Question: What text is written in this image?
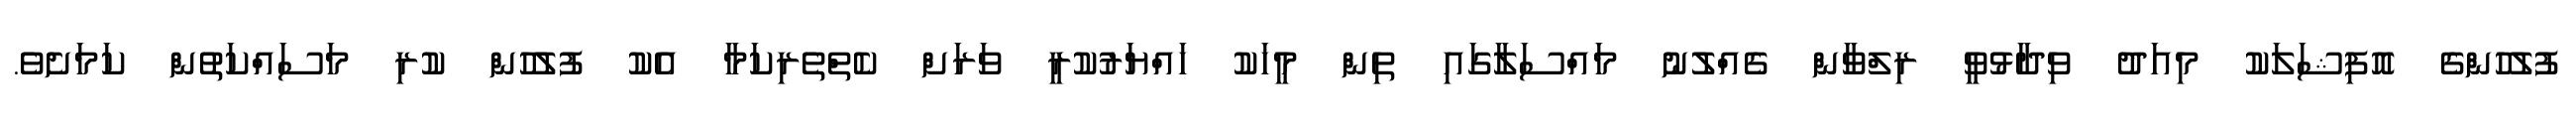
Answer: ފުލުހުންގެ އޮފިޝަލަކު މިއަދު ވިދާޅުވީ ރިލްވާން ގެއްލުނު މައްސަލާގައި ތިން މީހަކު ހައްޔަރުކުރީ ވަރަށް ކެތްތެރިކަމާ އެކު ފުލުހުން ކުރި މަސައްކަތުން ކަމަށެވެ.